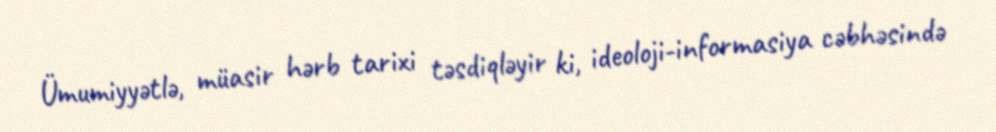
Ümumiyyətlə, müasir hərb tarixi təsdiqləyir ki, ideoloji-informasiya cəbhəsində